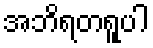
အဘိရတရူပါ